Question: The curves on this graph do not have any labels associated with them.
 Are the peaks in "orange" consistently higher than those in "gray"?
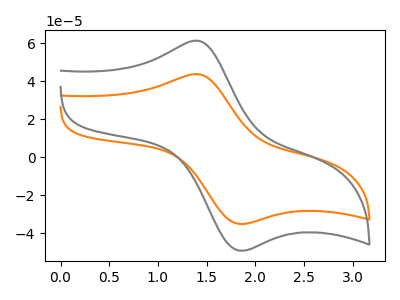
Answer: <think>The orange curve "orange" has an anodic peak at (1.40V, 43.85uA) and a cathodic peak at (1.85V, -35.05uA). The gray curve "gray" has an anodic peak at (1.40V, 61.45uA) and a cathodic peak at (1.85V, -49.15uA).</think>
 <answer>Every peak in "orange" is lower than every peak in "gray".</answer>
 <eval>lower</eval>